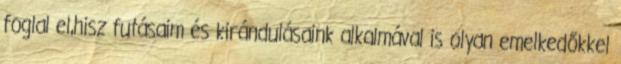
foglal el,hisz futásaim és kirándulásaink alkalmával is olyan emelkedőkkel